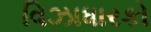
વિઝાધારકો